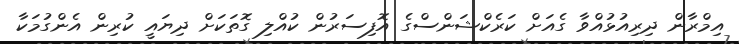
އިމްރާން ދިރިއުޅުއްވާ ގެއަށް ކަރެކްޝަންސްގެ އޮފިސަރުން ކުއްލި ގޮތަކަށް ދިޔައީ ކުރިން އެންގުމަކާ